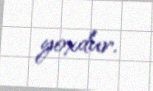
yoxdur.